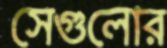
সেগুলোর